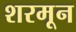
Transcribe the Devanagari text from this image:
शरमून